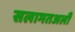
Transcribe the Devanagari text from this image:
सलामतअली